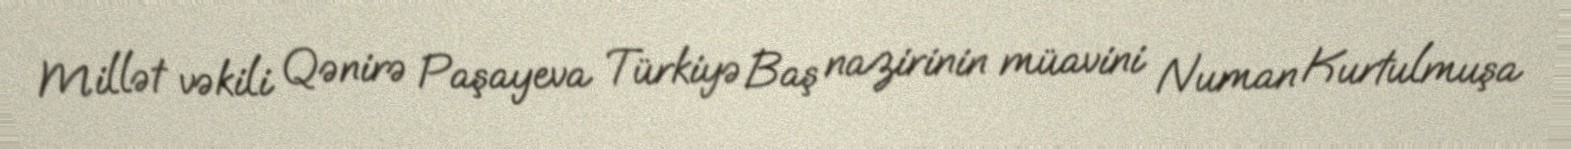
Millət vəkili Qənirə Paşayeva Türkiyə Baş nazirinin müavini Numan Kurtulmuşa